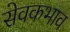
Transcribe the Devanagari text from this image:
सेवकभाव